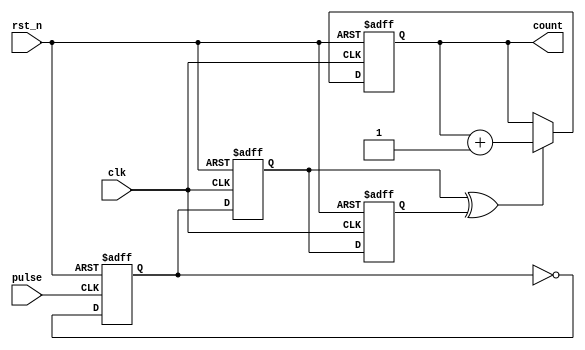
module pulse_count(
    input               clk,
    input               rst_n,
    input               pulse,
    output  reg [3:0]   count
);

reg     toggle;
always @(posedge pulse or negedge rst_n) begin
    if(!rst_n)
        toggle <= 1'b0;
    else
        toggle <= ~toggle;
end

reg     toggle_d1;
reg     toggle_d2;
always @(posedge clk or negedge rst_n) begin
    if(!rst_n) begin
        toggle_d1 <= 1'b0;
        toggle_d2 <= 1'b0;
    end else begin
        toggle_d1 <= toggle;
        toggle_d2 <= toggle_d1;
    end
end

wire    pulse_sync;
assign pulse_sync = toggle_d1 ^ toggle_d2;

always @(posedge clk or negedge rst_n) begin
    if(!rst_n)
        count <= 'd0;
    else if(pulse_sync)
        count <= count + 1'b1;
    else
        count <= count;
end

endmodule